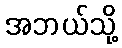
အဘယ်သို့